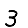
Digit: 3